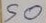
50